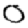
Digit: 0